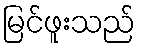
မြင်ဖူးသည်